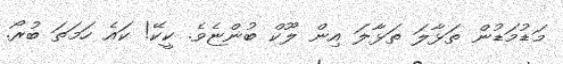
މަޑުމަޑުން ތަޅާލަ ތަޅާލަ އިން ލޫކް ބުންޏެވެ. ކީކޭ! ކައެ ހަމަތަ ބުރޯ.